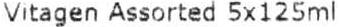
VITAGEN ASSORTED 5X125ML